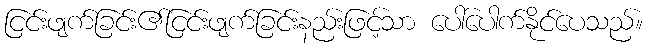
ငြင်းဖျက်ခြင်း၏ငြင်းဖျက်ခြင်းနည်းဖြင့်သာ ပေါ်ပေါက်နိုင်ပေသည်။